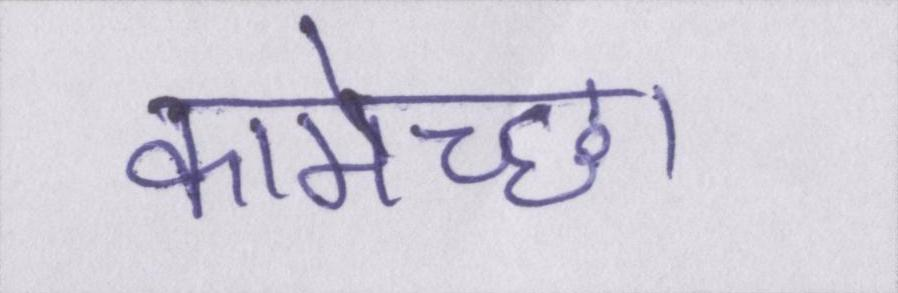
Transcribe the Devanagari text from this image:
कामेच्छा